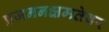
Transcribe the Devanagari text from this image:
प्रजननक्षमतेवर